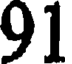
91